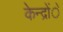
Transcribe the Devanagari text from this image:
केन्द्रोंें